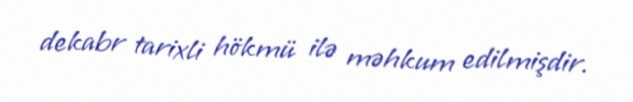
dekabr tarixli hökmü ilə məhkum edilmişdir.